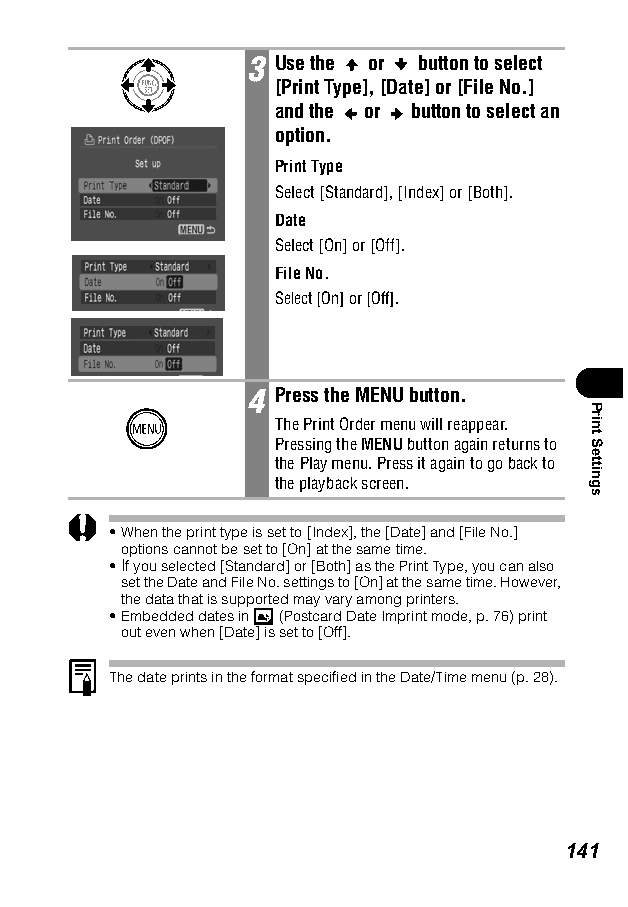
3 Use the or button to select
 [Print Type], [Date] or [File No.]
 and the or button to select an
 option.
 Print Type
 Select [Standard], [Index] or [Both].
 Date
 Select [On] or [Off].
 File No.
 Select [On] or [Off].
 4 Press the MENU button.
 The Print Order menu will reappear.
 Pressing the MENU button again returns to
 the Play menu. Press it again to go back to
 the playback screen.
 •When the print type is set to [Index], the [Date] and [File No.]
 options cannot be set to [On] at the same time.
 •If you selected [Standard] or [Both] as the Print Type, you can also
 set the Date and File No. settings to [On] at the same time. However,
 the data that is supported may vary among printers.
 •Embedded dates in (Postcard Date Imprint mode, p. 76) print
 out even when [Date] is set to [Off].
 The date prints in the format specified in the Date/Time menu (p. 28).
 141
 Print
 Settings